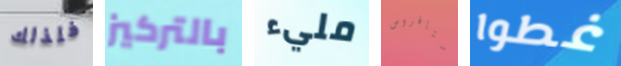
فلذلك بالتركيز مليء ستافروس غطوا